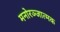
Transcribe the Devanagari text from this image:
मनोरञ्जात्मक